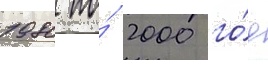
1980 по́ 2000 го́д